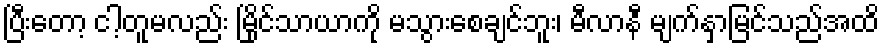
ပြီးတော့ ငါ့တူမလည်း မြိုင်သာယာကို မသွားစေချင်ဘူး၊ မီလာနီ မျက်နှာမြင်သည်အထိ